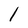
Character: l